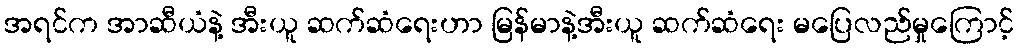
အရင်က အာဆီယံနဲ့ အီးယူ ဆက်ဆံရေးဟာ မြန်မာနဲ့အီးယူ ဆက်ဆံရေး မပြေလည်မှုကြောင့်